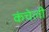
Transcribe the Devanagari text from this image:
कंचेली